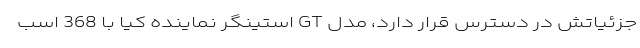
جزئیاتش در دسترس قرار دارد، مدل GT استینگر نماینده کیا با 368 اسب